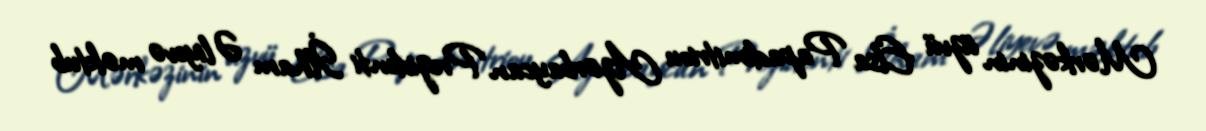
Mərkəzinin üzvü Elsa Papadimitriou Azərbaycan Prezidenti İlham Əliyevə məktub